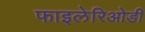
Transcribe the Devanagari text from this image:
फाइलेरिओडी